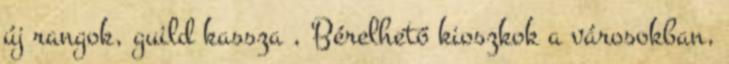
új rangok, guild kassza , Bérelhető kioszkok a városokban,